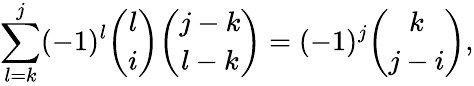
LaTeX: \sum_{l=k}^{j}(-1)^{l}{\binom{l}{i}}{\binom{j-k}{l-k}}=(-1)^{j}{\binom{k}{j-i}},